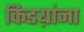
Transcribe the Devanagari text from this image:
किडय़ांना